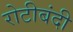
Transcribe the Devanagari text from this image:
रोटीबंदी